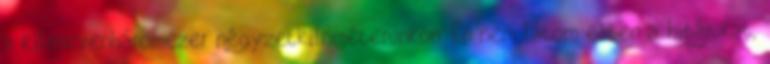
a kilencvenháromezer négyzetkilométerünkön. Én nem látom ebben a hibájukat,